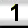
Digit: 1